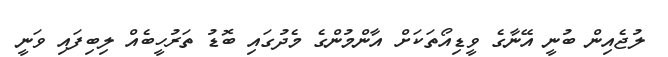
ލުޖެއިން ބުނީ އޭނާގެ ވީޑިއޯތަކަށް އާންމުންގެ މެދުގައި ބޮޑު ތަރުހީބެއް ލިބިފައި ވަނީ